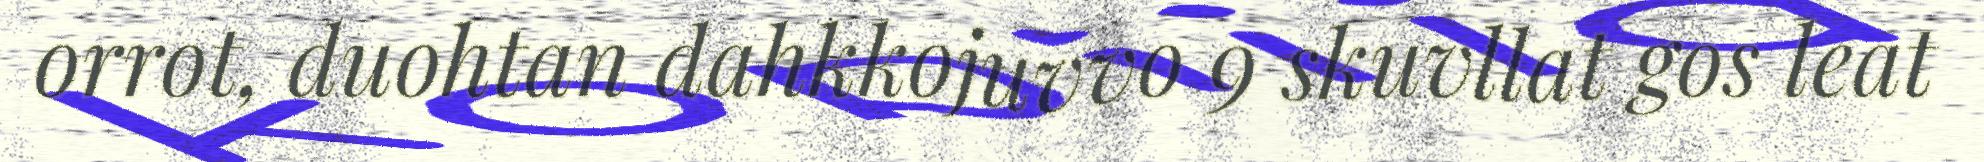
orrot, duohtan dahkkojuvvo 9 skuvllat gos leat